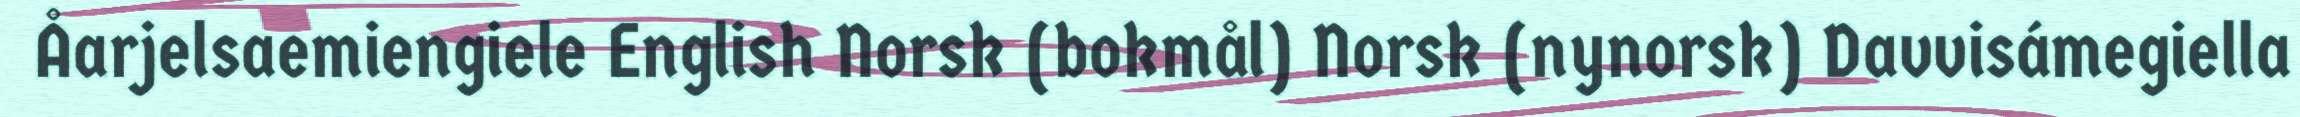
Åarjelsaemiengiele English Norsk (bokmål) Norsk (nynorsk) Davvisámegiella